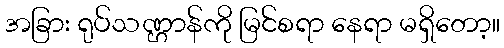
အခြား ရုပ်သဏ္ဌာန်ကို မြင်စရာ နေရာ မရှိတော့။